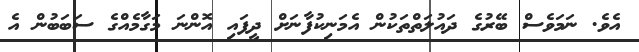
އެވެެ. ނަމަވެސް ބޭރުގެ ދައުލަތްތަކުން އެމަނިކުފާނަށް ދީފައި އޮންނަ މަގާމެއްގެ ސަބަބުން އެ